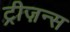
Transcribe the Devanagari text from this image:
ट्रीज़न्स